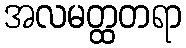
အလမတ္ထတရာ